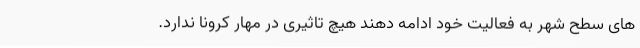
های سطح شهر به فعالیت خود ادامه دهند هیچ تاثیری در مهار کرونا ندارد.